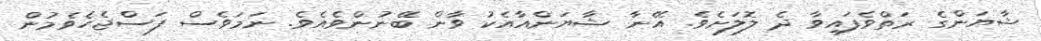
ޝާޔަންގެ ރަތްވެފައިވާ ދެ ލޮލަށެވެ. އޭނާ ޝާޔަންއާއެކު ވާން ބޭނުންވެއެވެ. ނަމަވެސް ފަސްޖެހެވެމުން